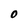
Character: O